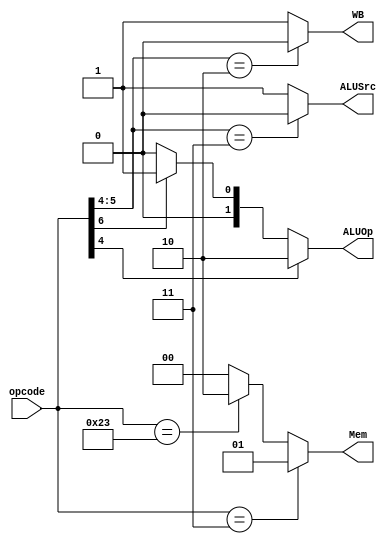
module Control(opcode,ALUOp,ALUSrc,Mem,WB);
    input [6:0] opcode;
    output [1:0] ALUOp,Mem;
    output ALUSrc,WB;
    assign ALUSrc = ( opcode[5:4] == 2'b11 ? 1'b0 : 1'b1 );
    assign ALUOp = ( opcode[4] == 1'b1 ? 2'b10 : ( opcode[6] == 1'b0 ? 2'b00 : 2'b01 ) );
    assign WB = ( opcode[5:4] == 2'b10 ? 1'b0 : 1'b1 );
    assign Mem = ( opcode == 7'b0000011 ? 2'b01 : ( opcode == 7'b0100011 ? 2'b10 : 2'b00 ) );
endmodule